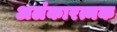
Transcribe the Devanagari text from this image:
अलंकारत्मक